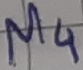
Text: M4